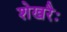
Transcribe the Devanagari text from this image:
शेखरैः